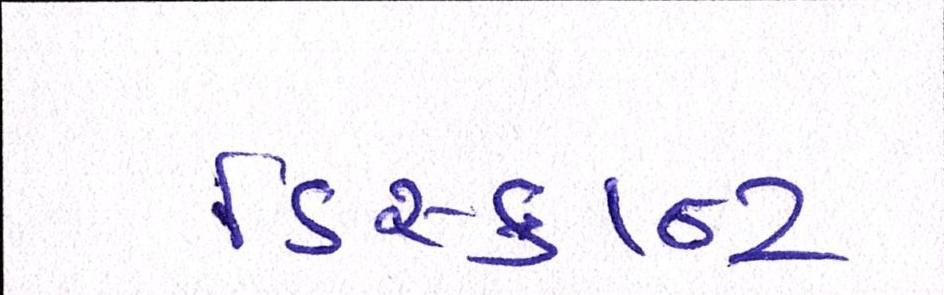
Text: ડિસ્કાન્ટ